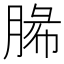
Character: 𦜼